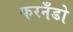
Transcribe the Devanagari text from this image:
फरनँडो